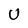
Character: U